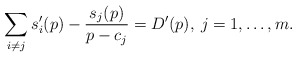
\begin{align*}\sum_{i\ne j}s_{i}'(p)-\frac{s_{j}(p)}{p-c_{j}}=D'(p),\: j=1,\dots,m.\end{align*}